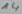
Text: 14